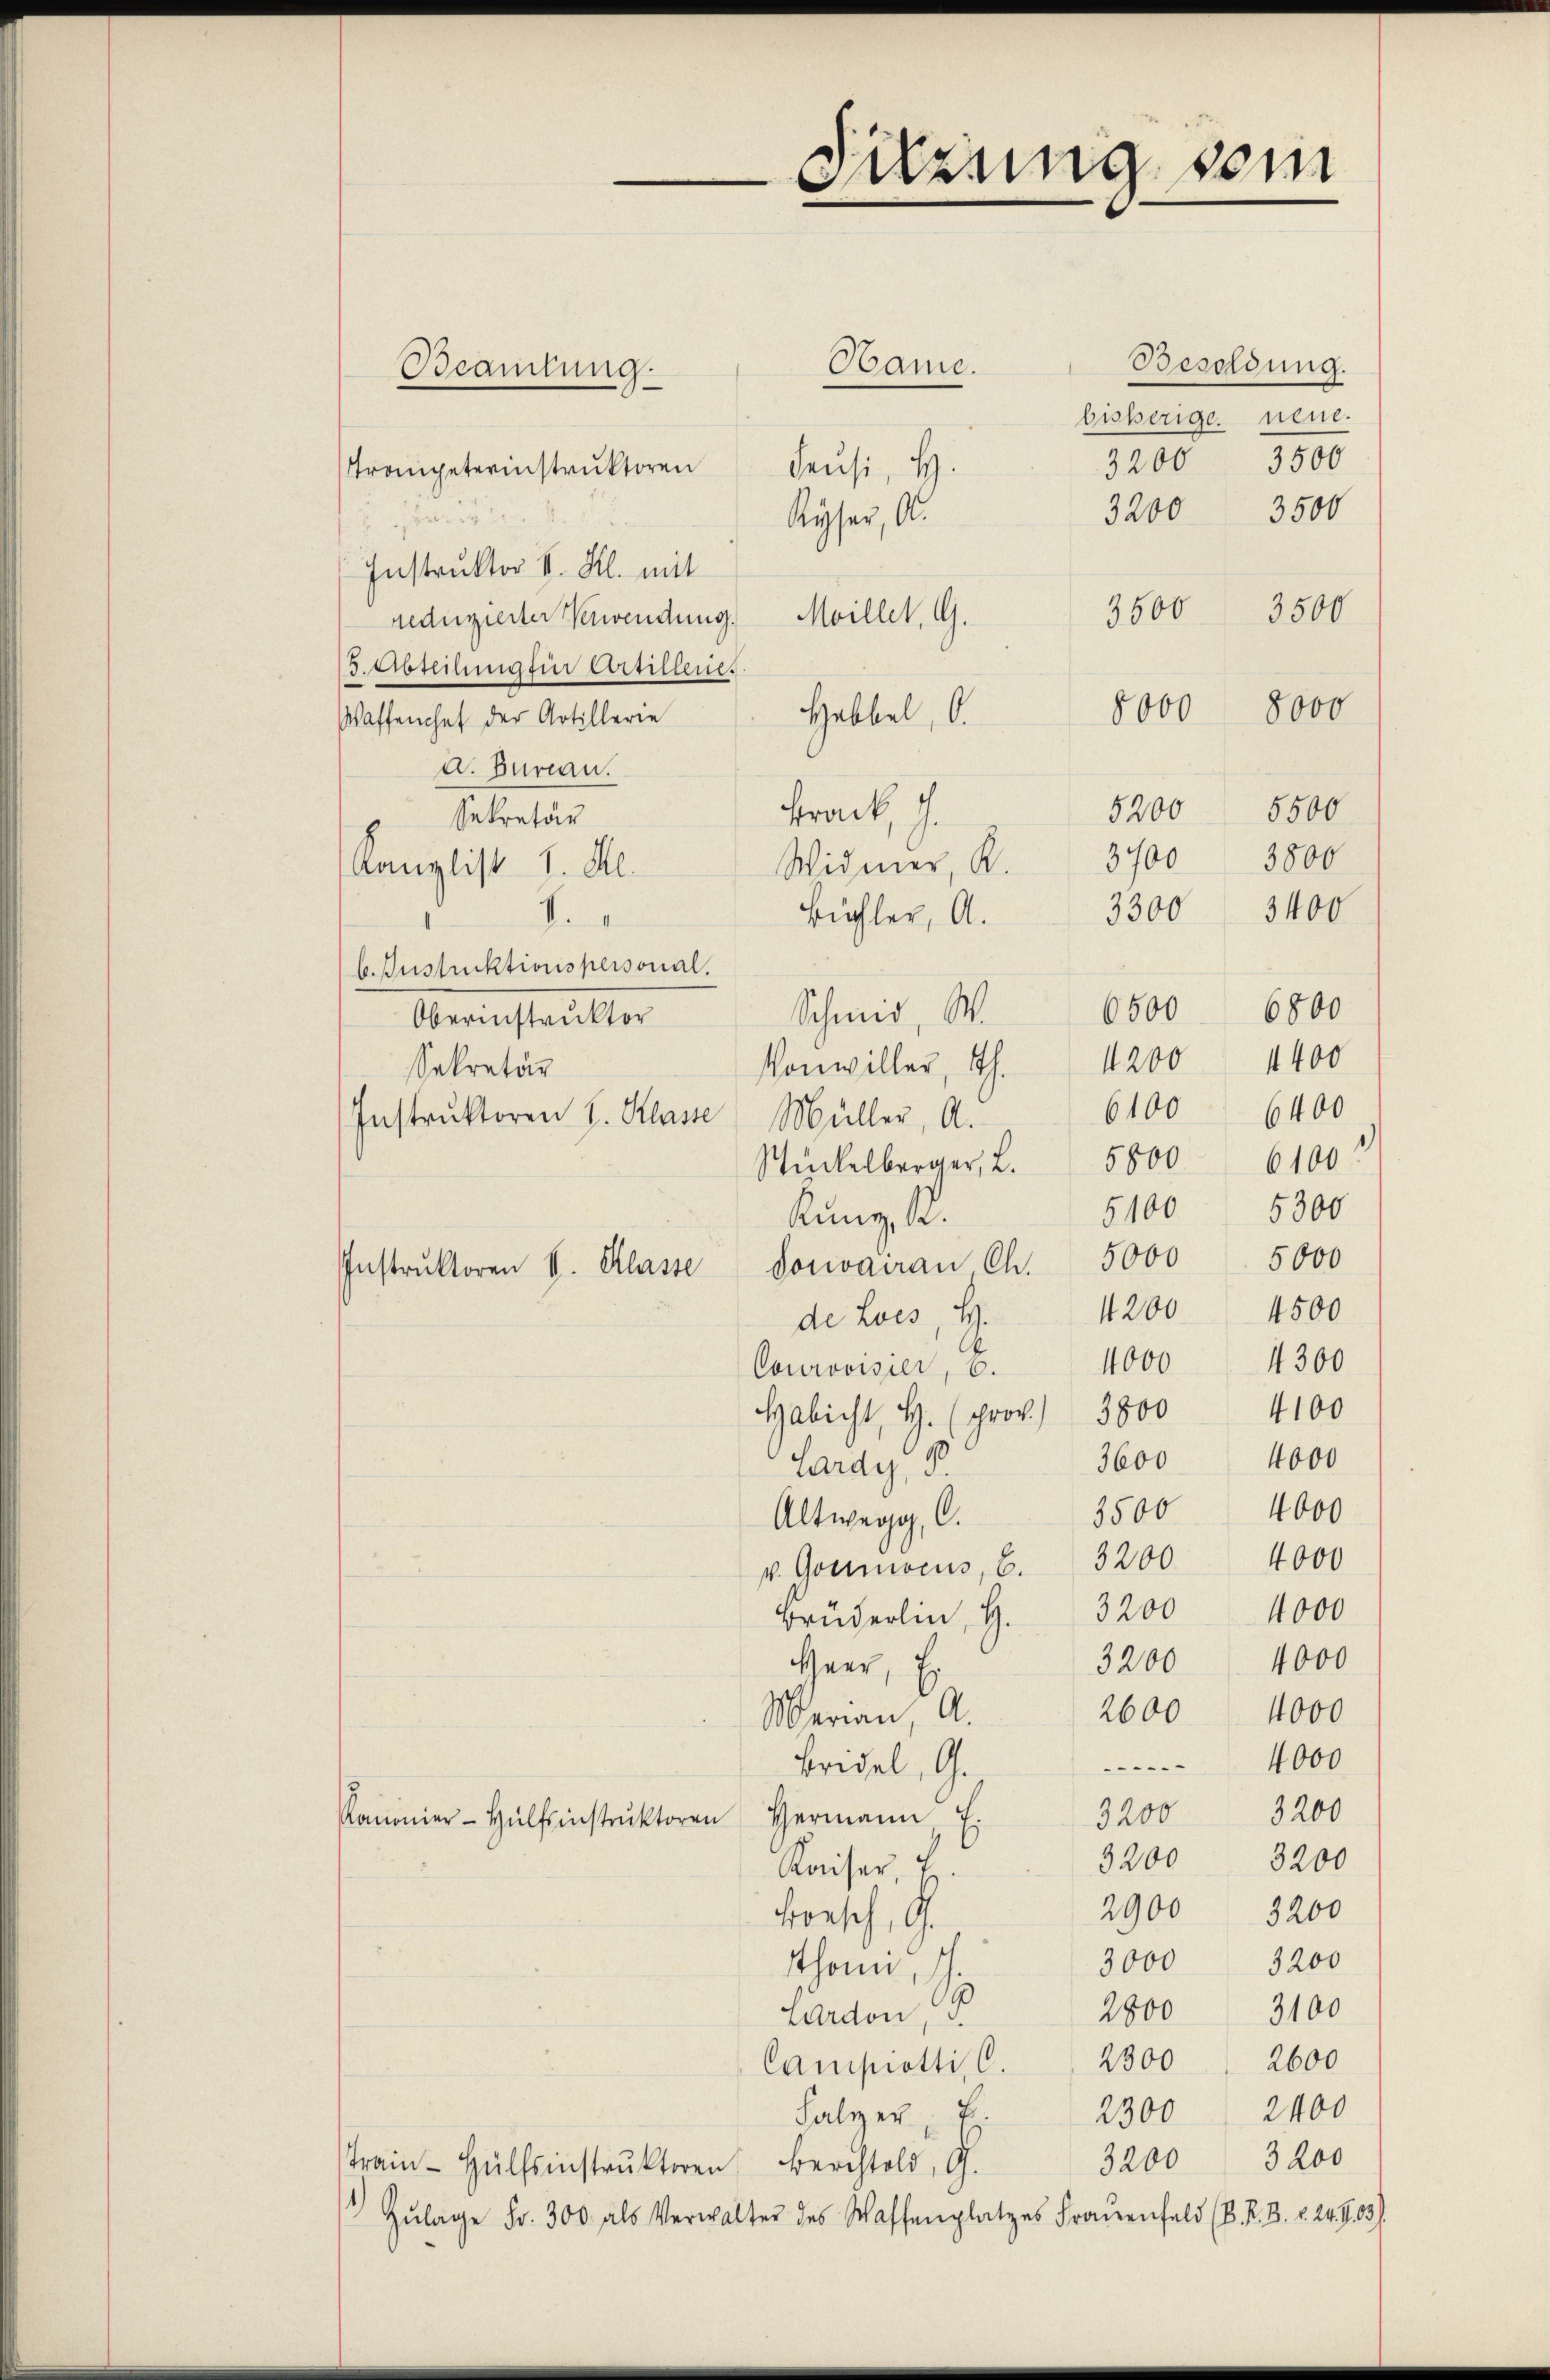
Beamtung

Sitzung sein

Besoldung.
Hame.
bisherige neue.
3200 3500
Trompeterinstruktoren Feusi, H.
3200 3500
Ryser, Al.
Instruktor V. Kl. mit
3600 3500
reduzierter Verwendung. Maillet, G.
3. Abtechng für Artillenes
8000 8000
Hebbel, O.
Waffenhef der Artillerie
d. Bureau.
5200 5500
krack, J.
Sekretär
3800
3700
Widmer, K.
Kanzlist I. Al.
3300 3400
Bühler, A.
f
b. Instruktionspersonal.
6500 6800
Schmied, W.
Oberinstruktor
4400
4200
Vonwiller, Th.
Sekretär
61006400
Instrŭktoren I. Klasse Müller, A.
Stückelberger, 2. 5800 6100
5100 5300
Kunz, K.
Instrŭktoren V. Klasse Sonvairau Ch. 5000 5000
4200 4500
de Lois H.
4300
Courovisier, 6. 4000
Habicht, H. (prov.) 3800 4100
3600 4000
Lardy, 8.
3500 4000
Altwegg, C.
v. Goumocus, S. 3200 4000
Brüderlin, H. 3200 4000
3200 4000
Heer, Er
2600 4000
Marian A.
4000
Bridel, G.
32 3200
Kanonier-Hülfsinstrŭktoren Hermann E
3200 3200
Kaiser u
2900 3200
Fronsch, G.
3000 3200
thomi, 1.
2800 3100
Lardon, B
Campiotti, C. 2300 " 2600
Falzer    2300 2400
3200
3200
Train-Hülfsinstruktoren Berchtold, G.
Zŭlage Fr. 300. als Verwalter des Waffenplatzes Frauenfeld (S. R. 3. v. 24. S. 33.